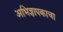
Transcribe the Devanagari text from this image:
अभिज्ञापकाचा